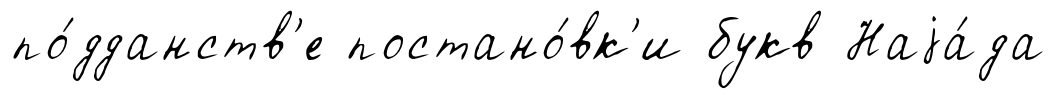
по́дданств'е постано́вк'и букв Наjа́да